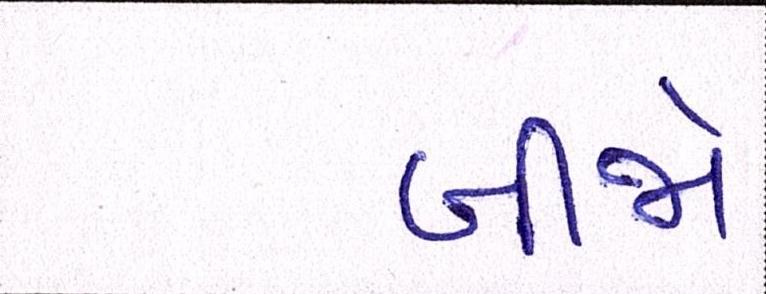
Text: બીજો